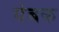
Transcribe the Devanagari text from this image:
यंबक